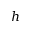
h